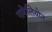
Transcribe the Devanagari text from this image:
गामेलियोन